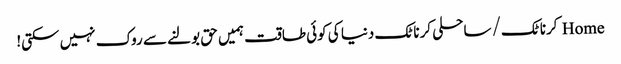
Home کرناٹک/ ساحلی کرناٹک دنیا کی کوئی طاقت ہمیں حق بولنے سے روک نہیں سکتی!